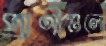
প্রাণীগুলো